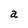
Character: a